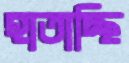
হাতাচ্ছি